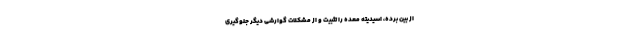
از بین برده، اسیدیته معده را تثبیت و از مشکلات گوارشی دیگر جلوگیری